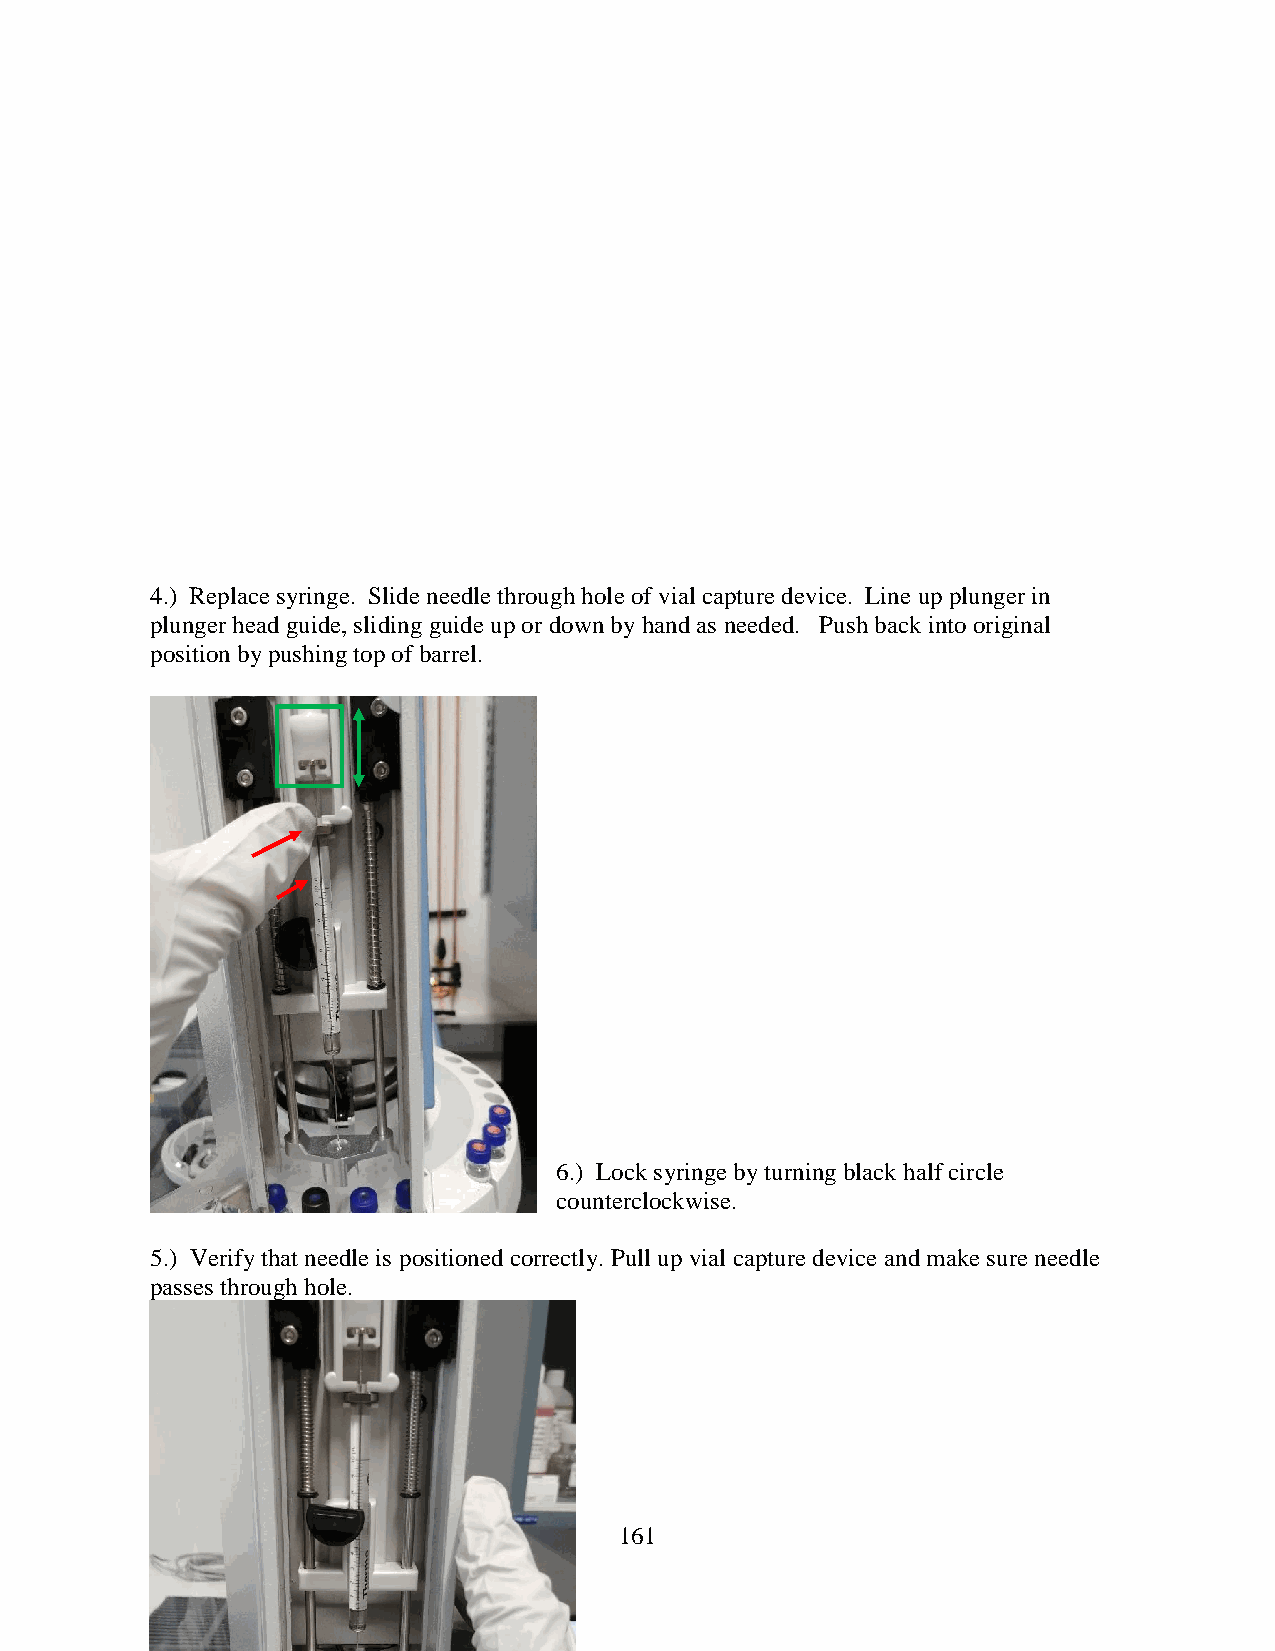
4.) Replace syringe. Slide needle through hole of vial capture device. Line up plunger in
 plunger head guide, sliding guide up or down by hand as needed. Push back into original
 position by pushing top of barrel.
 6.) Lock syringe by turning black half circle
 counterclockwise.
 5.) Verify that needle is positioned correctly. Pull up vial capture device and make sure needle
 passes through hole.
 [insert image]
 161